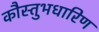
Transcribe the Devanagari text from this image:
कौस्तुभधारिण